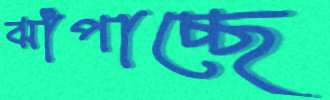
ঝাঁপাচ্ছে